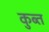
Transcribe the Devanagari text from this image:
कुब्त